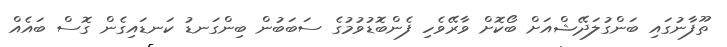
ތޫފާނުގައި ބަންގުލަދޭޝްއަށް ބޯކޮށް ވާރޭވެހި ފެންބޮޑުވުމުގެ ސަބަބުން ބިންގަނޑު ކަނޑައިގެން ގޮސް ބައެއް